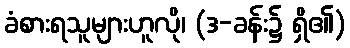
ခံစားရသူများဟူလို၊ (ဒ-ခန်း၌ ရှိ၏)